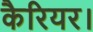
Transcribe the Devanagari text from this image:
कैरियर।